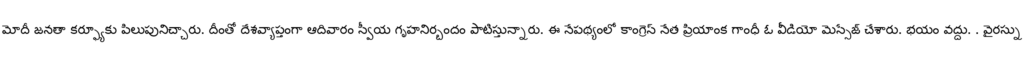
మోదీ జనతా కర్ఫ్యూకు పిలుపునిచ్చారు. దీంతో దేశవ్యాప్తంగా ఆదివారం స్వీయ గృహనిర్బందం పాటిస్తున్నారు. ఈ నేపథ్యంలో కాంగ్రెస్ నేత ప్రియాంక గాంధీ ఓ వీడియో మెస్సేజ్ చేశారు. భయం వద్దు. . వైరస్ను